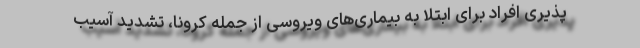
پذیری افراد برای ابتلا به بیماری‌های ویروسی از جمله کرونا، تشدید آسیب